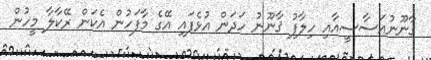
ގާނޫނުއަސާސީއާއި ހިލާފު ޤާނޫނު ހަދަން އުޅެފައި އޭގެ މާފަހުން އެކަން ރޭކާލާ މީހުން